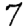
Digit: 7